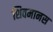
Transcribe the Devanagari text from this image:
शिवमानस